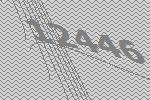
12446